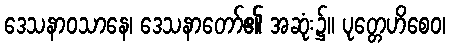
ဒေသနာဝသာနေ၊ ဒေသနာတော်၏ အဆုံး၌။ ပုတ္တေဟိစေဝ၊